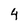
Character: 4